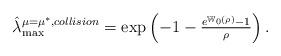
LaTeX: \begin{align*}\hat{\lambda}_{\max}^{\mu=\mu^*,collision}=\exp\left(-1-\tfrac{e^{{\mathbb W}_{0}(\rho)}-1}{\rho}\right).\end{align*}